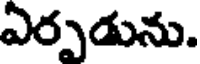
ఎర్పడును.